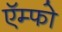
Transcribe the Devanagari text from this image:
ऍम्फो